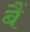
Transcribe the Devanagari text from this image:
बैं